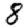
Digit: 8